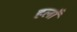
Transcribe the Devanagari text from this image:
हलाँ